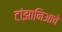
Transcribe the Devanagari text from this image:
टांझानिआचे